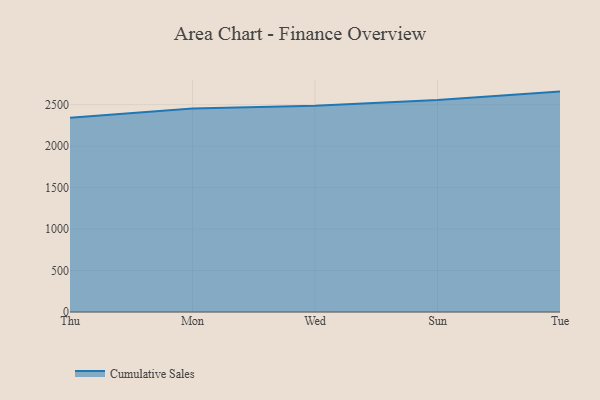
{"axis": {"x": "Day", "y": "Gross Profit (USD K)"}, "legend": ["Cumulative Sales"], "data": [{"x": "Thu", "y": 2341.4, "type": "Cumulative Sales"}, {"x": "Mon", "y": 2453.6, "type": "Cumulative Sales"}, {"x": "Wed", "y": 2486.9, "type": "Cumulative Sales"}, {"x": "Sun", "y": 2554.8, "type": "Cumulative Sales"}, {"x": "Tue", "y": 2657.5, "type": "Cumulative Sales"}]}